Calcutta medical institutions reports 1879-81 [i.e.91]
Year: 1879
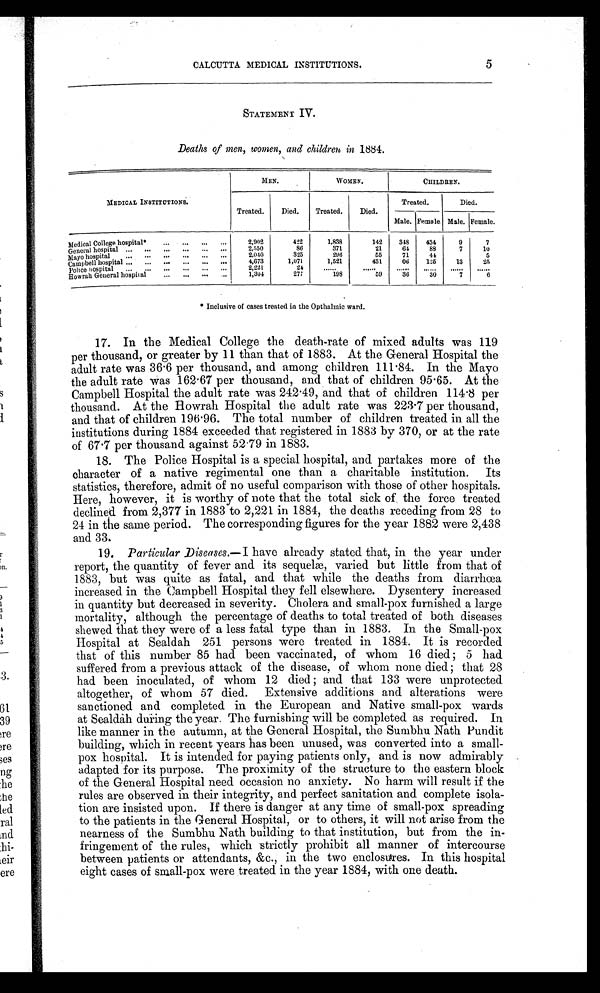
5
CALCUTTA MEDICAL INSTITUTIONS.
STATEMENT IV.
Deaths of men, women, and children in 1884.
MEDICAL INSTITUTIONS.
MEN.
WOMEN.
CHILDREN.
Treated.
Died.
Treated.
Died.
Treated.
Died.
Male. Female Male. Female.
Medical College hospital*
...
...
...
...
2,902
422
1,838
142
348
434
9
7
General hospital ...
...
...
...
...
...
2,550
86
371
21
64
88
7
10
Mayo hospital
...
...
...
...
...
...
2,040
325
296
55
71
44
5
Campbell hospital ...
4,673
1,071
1,521
431
06
125
13
25
Police hospital...
... ... ... ...
.
...
2,221
24
. . . . . .
. . . . . .
. . . . . .
. . . . . .
. . . . . .
. . . . . .
Howrah General hospital
...
...
1,304
277
198
59
36
30
7
6
* Inclusive of cases treated in the Opthalmic ward.
17. In the Medical College the death-rate of mixed adults was 119
per thousand, or greater by 11 than that of 1883. At the General Hospital the
adult rate was 36.6 per thousand, and among children 111.84. In the Mayo
the adult rate was 162.67 per thousand, and that of children 95.65. At the
Campbell Hospital the adult rate was 242.49, and that of children 114.8 per
thousand. At the Howrah Hospital the adult rate was 223.7 per thousand,
and that of children 196.96. The total number of children treated in all the
institutions during 1884 exceeded that registered in 1883 by 370, or at the rate
of 67.7 per thousand against 52.79 in 1883.
18. The Police Hospital is a special hospital, and partakes more of the
character of a native regimental one than a charitable institution. Its
statistics, therefore, admit of no useful comparison with those of other hospitals.
Here, however, it is worthy of note that the total sick of the force treated
declined from 2,377 in 1883 to 2,221 in 1884, the deaths receding from 28 to
24 in the same period. The corresponding figures for the year 1882 were 2,438
and 33.
19. Particular Diseases.—I have already stated that, in the year under
report, the quantity of fever and its sequelæ, varied but little from that of
1883, but was quite as fatal, and that while the deaths from diarrhœa
increased in the Campbell Hospital they fell elsewhere. Dysentery increased
in quantity but decreased in severity. Cholera and small-pox furnished a large
mortality, although the percentage of deaths to total treated of both diseases
s h e w e d t h a t t h e y w e r e o f a l e s s f a t a l t y p e t h a n i n 1 8 8 3 . I n t h e S m a l l - p o x
Hospital at Sealdah 251 persons were treated in 1884. It is recorded
that of this number 85 had been vaccinated, of whom 16 died; 5 had
suffered from a previous attack of the disease, of whom none died; that 28
had been inoculated, of whom 12 died; and that 133 were unprotected
altogether, of whom 57 died. Extensive additions and alterations were
sanctioned and completed in the European and Native small-pox wards
at Sealdah during the year. The furnishing will be completed as required. In
like manner in the autumn, at the General Hospital, the Sumbhu Nath Pundit
building, which in recent years has been unused, was converted into a small
- p o x h o s p i t a l . I t i s i n t e n d e d f o r p a y i n g p a t i e n t s o n l y , a n d i s n o w a d m i r a b l y
adapted for its purpose. The proximity of the structure to the eastern block
of the General Hospital need occasion no anxiety. No harm will result if the
rules are observed in their integrity, and perfect sanitation and complete isola-
tion are insisted upon. If there is danger at any time of small-pox spreading
to the patients in the General Hospital, or to others, it will not arise from the
nearness of the Sumbhu Nath building to that institution, but from the in-
fringement of the rules, which strictly prohibit all manner of intercourse
between patients or attendants, &c., in the two enclosures. In this hospital
eight cases of small-pox were treated in the year 1884, with one death.